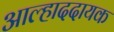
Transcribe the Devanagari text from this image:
अाल्हाददायक